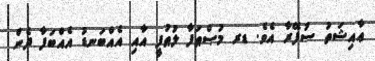
ޢާއިޝަތު ސުފޭރާ އެވެ. ޑރ މުޞްޠަފާ ލުޠުފީ އާއި އެއްބަނޑު އެއްބަފާ ދެން